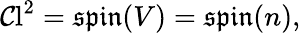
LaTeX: \operatorname{\mathcal{C}l}^{2}={\mathfrak{{spin}}}(V)={\mathfrak{{spin}}}(n),